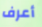
أعرف